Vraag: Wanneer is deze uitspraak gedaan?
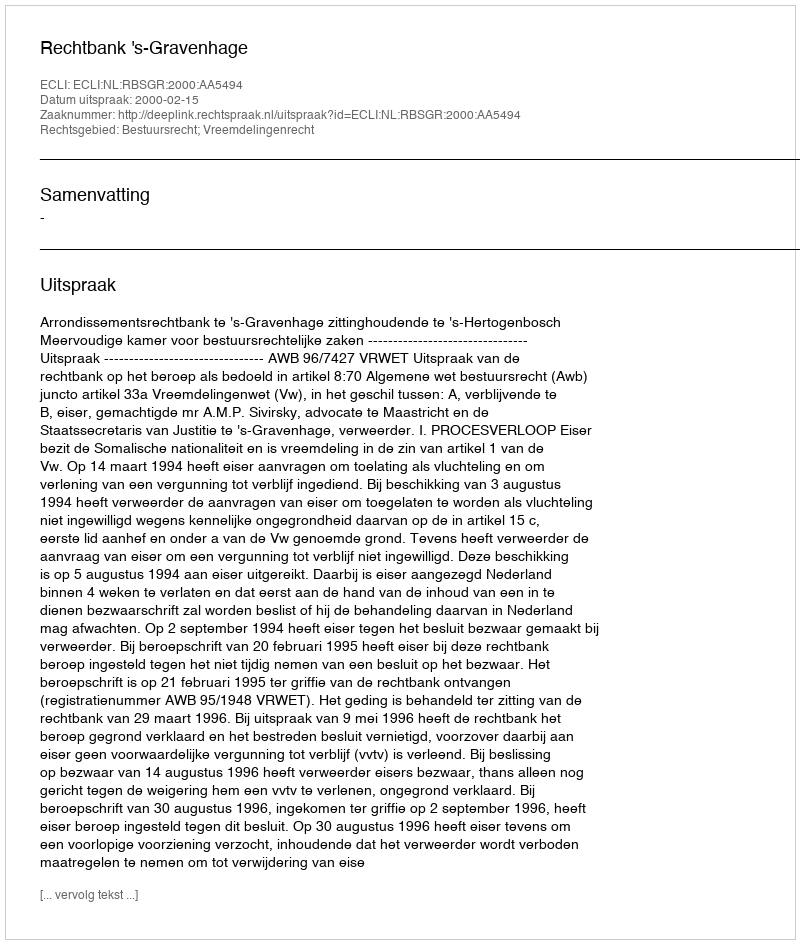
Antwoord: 2000-02-15